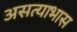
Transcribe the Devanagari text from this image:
असत्याभास